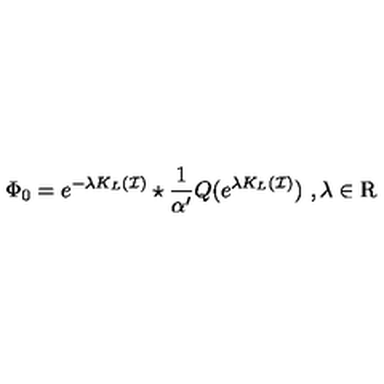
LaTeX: \Phi _ { 0 } = e ^ { - \lambda K _ { L } ( \mathcal { I } ) } \star \frac { 1 } { \alpha ^ { \prime } } Q ( e ^ { \lambda K _ { L } ( \mathcal { I } ) } ) \ , \lambda \in \mathrm { R }